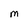
Character: m